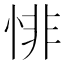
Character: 悱